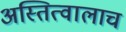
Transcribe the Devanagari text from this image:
अस्तित्वालाच